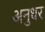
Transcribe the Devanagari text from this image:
अनुधर